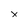
Character: x